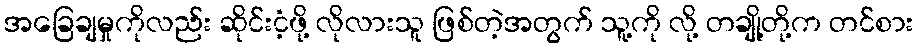
အခြေချမှုကိုလည်း ဆိုင်းငံ့ဖို့ လိုလားသူ ဖြစ်တဲ့အတွက် သူ့ကို လို့ တချို့တို့က တင်စား